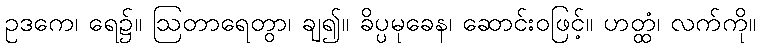
ဥဒကေ၊ ရေ၌။ ဩတာရေတွာ၊ ချ၍။ ခိပ္ပမုခေန၊ ဆောင်းဝဖြင့်။ ဟတ္ထံ၊ လက်ကို။